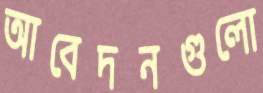
আবেদনগুলো